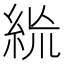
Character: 𥿪